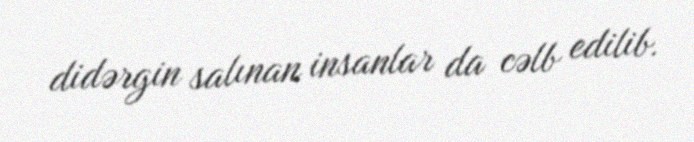
didərgin salınan insanlar da cəlb edilib.